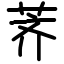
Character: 荠